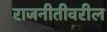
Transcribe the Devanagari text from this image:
राजनीतीवरील